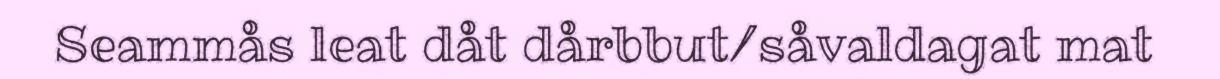
Seammås leat dåt dårbbut/såvaldagat mat